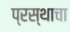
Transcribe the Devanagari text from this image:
प्रस्थाचा